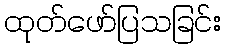
ထုတ်ဖော်ပြသခြင်း